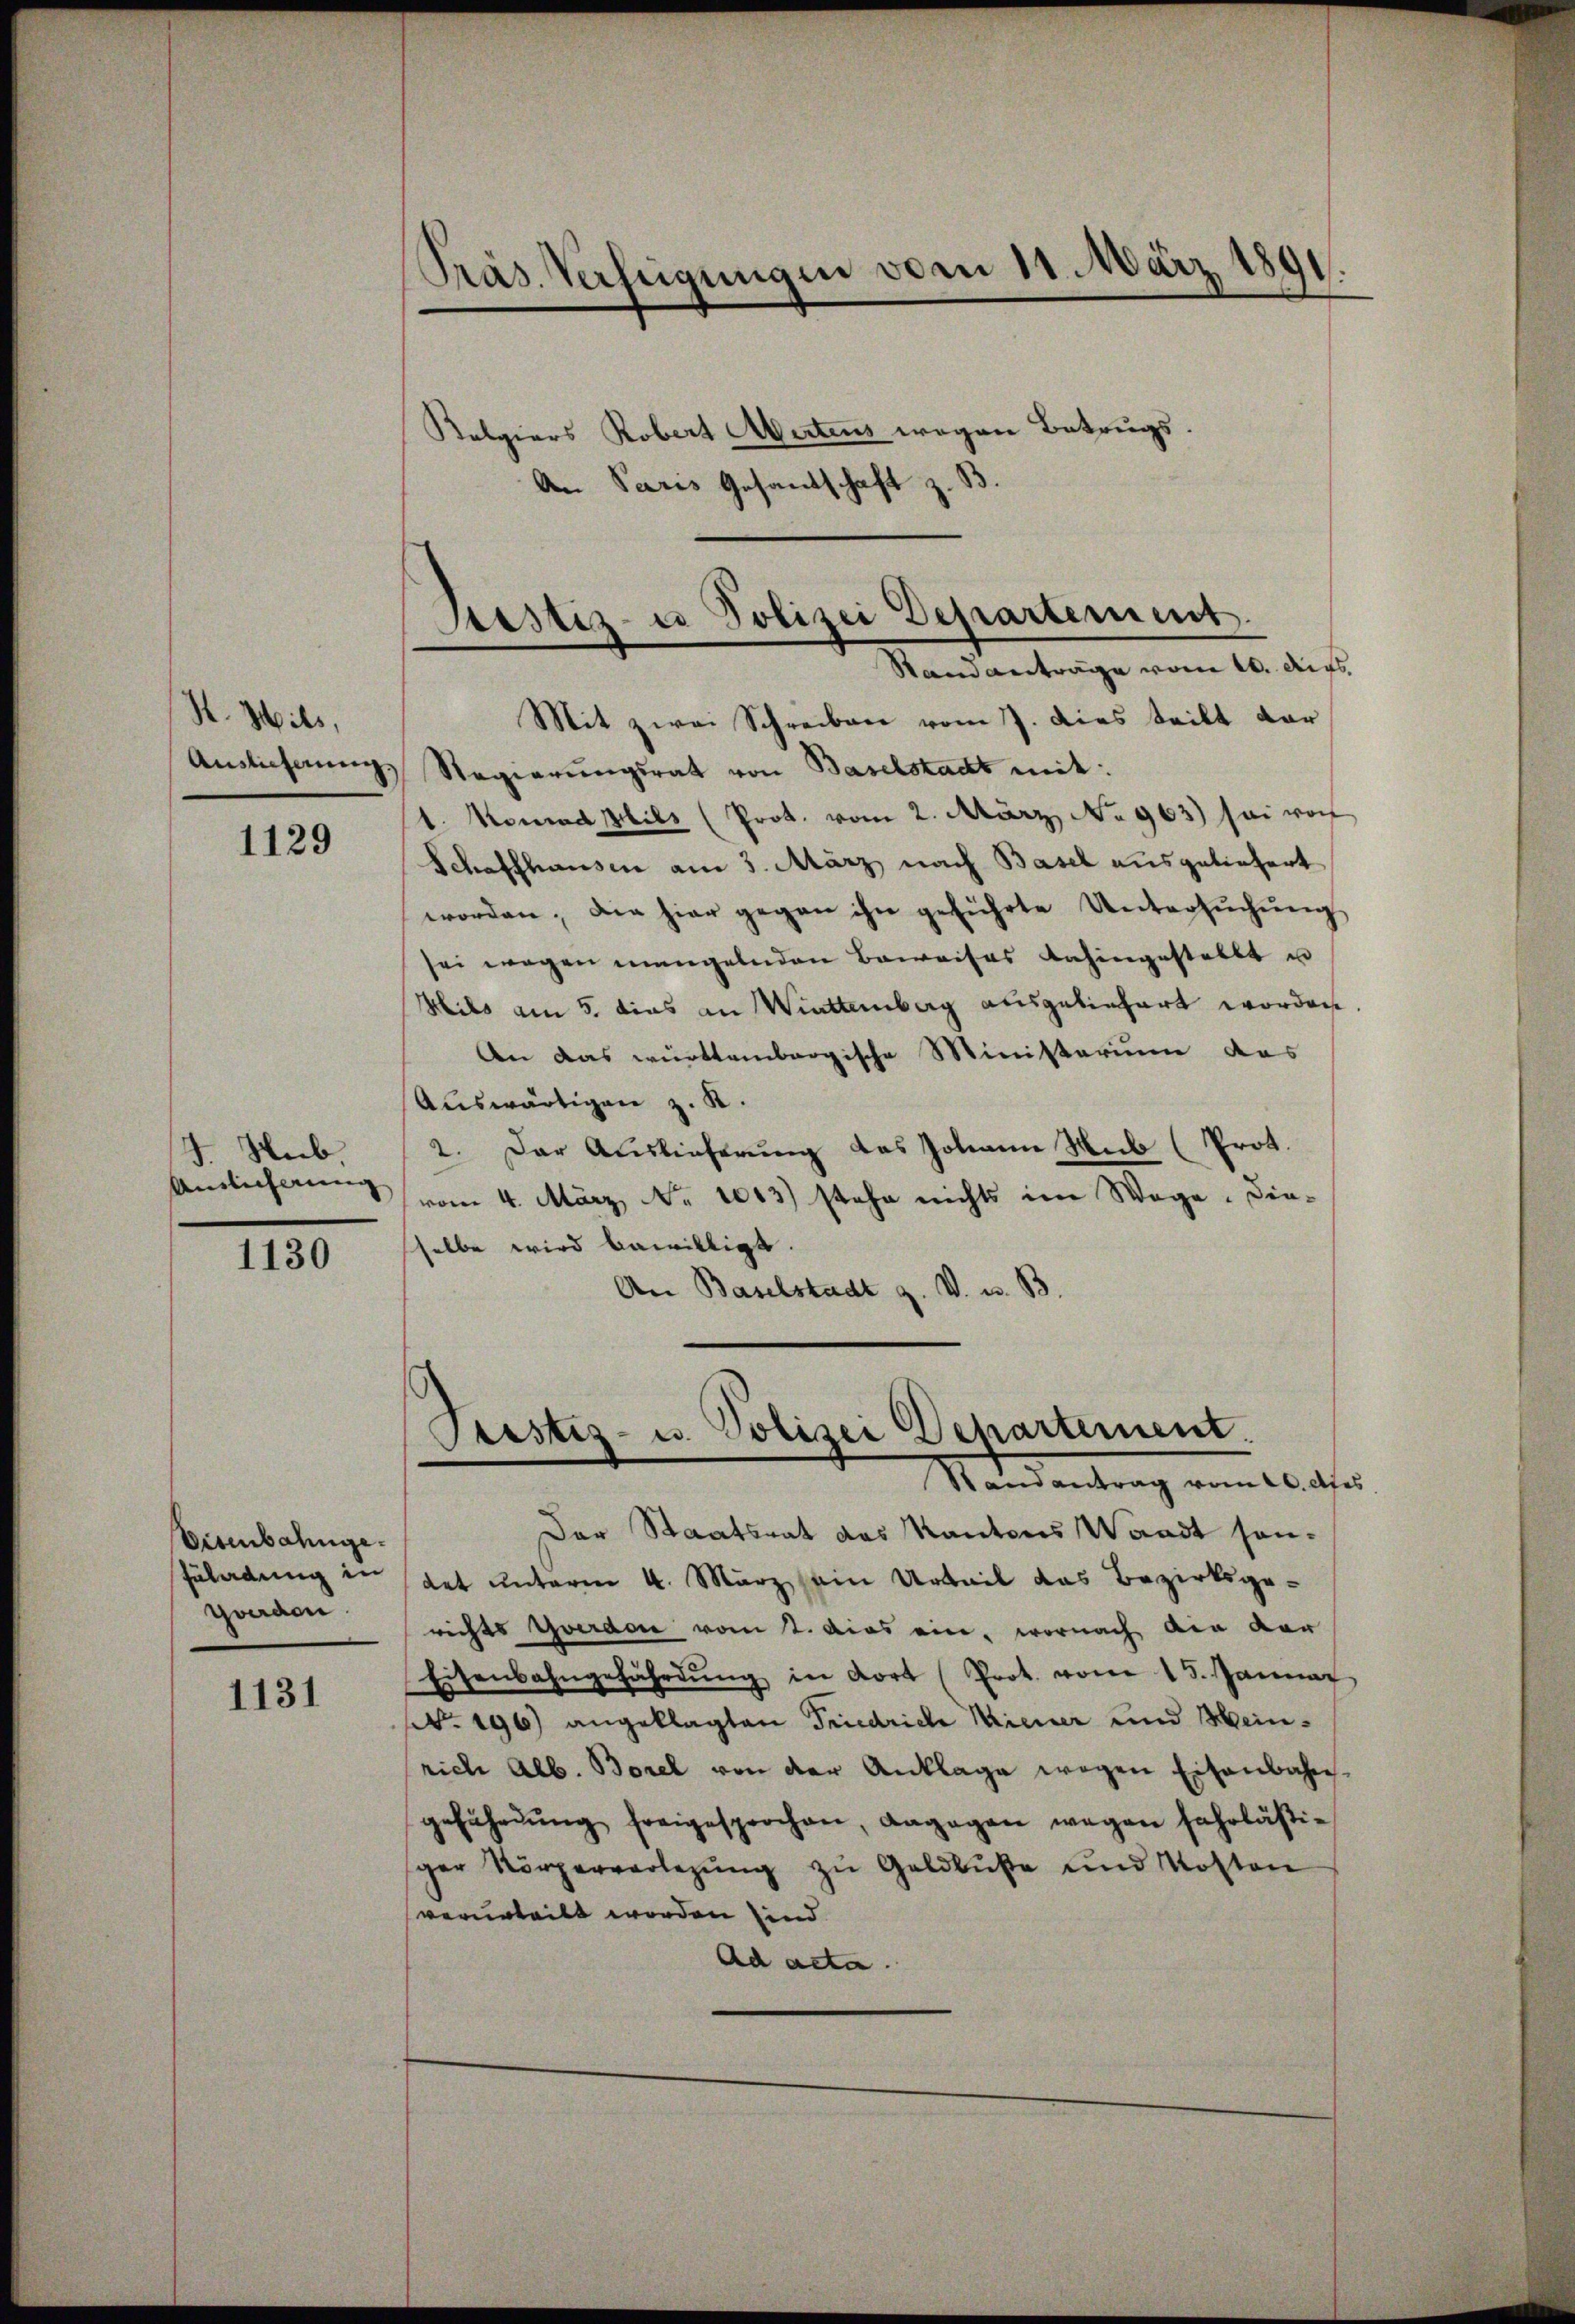
K. Mits,
Auslieferung.

1129

J. Hub,
Anslicherung

1130

Eisenbahnge¬
Gwerden

1131

Präs. Verheigungen vom 11. März 1891.

Justiz- u Polizei Departement
Sam Anträge vom 20. Augs

Kolgiers Robert Abertens wegen Betrugs
An Paris Gesandschaft z. B.
Mit zwei Schreiben vom 7. dies teilt der
Regierungsrat von Baselstadt mit:
1. Konrad Mili (Prok. vom 2. März, No 963) sei woch
Schaffhausen am 3. März nach Basel ausgeliefert
worden, die hier gegen ihn geführte Untersŭchŭng
sei wegen mangelnden Beweises dahingestellt u
Hils am 5. dies an Winttemberg ausgeliefert worden
An das württembergische Ministerium das
Auswärtigen z. K.
2. Der Auslieferung des Johann Sub (Prot.
vom 4. März No. 1613) stehe nichts im Wege. Dieselbe wird bewilligt.
An Baselstadt z. V. u. B.

Pustiz- u. Polizei Departement.
Randantrag vom 20. des

Der Staatsrat das Kantons Waadt son-
Züladung in Rat unterm 4. März sein Urteil das Bezirksge-
richts Yverdon vom 2. das ein, wornach die der
Eisenbahngefährdŭng in dort (Prot. vom 15. Januar
. 196 angeklagten Friedrich Wiener und Meinrich Alb. Borel von der Anklage wegen Eisenbahn-
geführŭng freigesprochen, dagegen wegen fahrläßiger Körperverlegŭng zŭ Geldbuße und Kosten
verurteilt worden sind.
Ad acta.